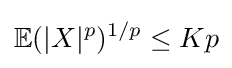
{\mathbb {E}}(|X|^{p})^{1/p}\leq Kp